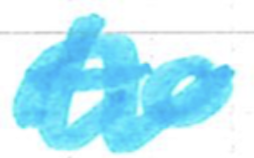
Text: to
Cross-out: mix
Writing tool: marker